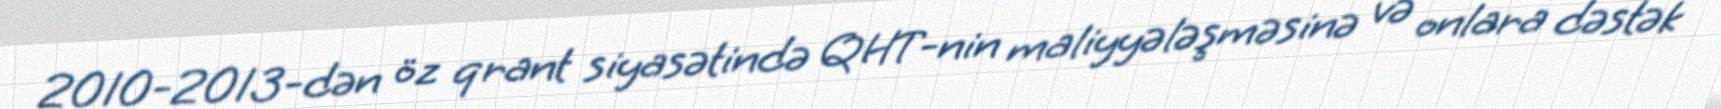
2010-2013-dən öz qrant siyasətində QHT-nin maliyyələşməsinə və onlara dəstək